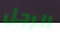
الرجل